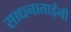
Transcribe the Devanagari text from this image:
साधनाताईंनी